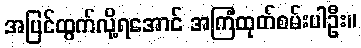
အပြင်ထွက်လို့ရအောင် အကြံထုတ်စမ်းပါဦး။